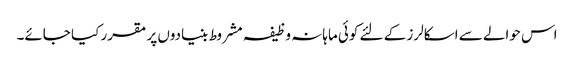
اس حوالے سے اسکالرز کے لئے کوئی ماہانہ وظیفہ مشروط بنیادوں پر مقرر کیا جائے۔